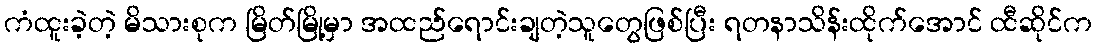
ကံထူးခဲ့တဲ့ မိသားစုက မြိတ်မြို့မှာ အထည်ရောင်းချတဲ့သူတွေဖြစ်ပြီး ရတနာသိန်းထိုက်အောင် ထီဆိုင်က